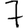
Digit: 7